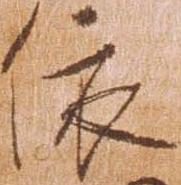
依